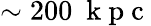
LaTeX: \sim 200~\mathrm{~k~p~c~}